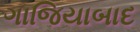
ગાજિયાબાદ